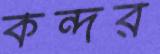
কন্দর